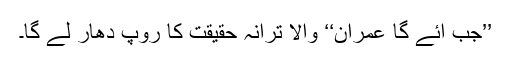
’’جب آئے گا عمران‘‘ والا ترانہ حقیقت کا روپ دھار لے گا۔